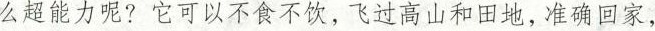
么超能力呢?它可以不食不饮，飞过高山和田地，准确回家，